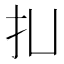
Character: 㧄